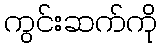
ကွင်းဆက်ကို